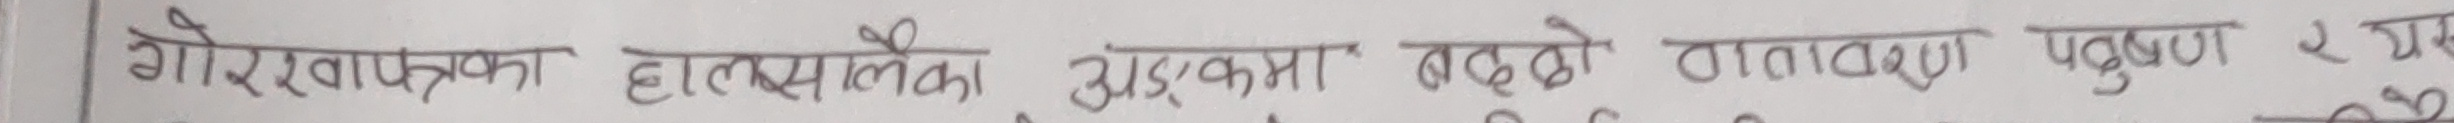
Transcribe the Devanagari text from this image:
गोरेखापत्रका हालैका अङ्कमा बढ्दो वातावरण प्रदुषण र यस